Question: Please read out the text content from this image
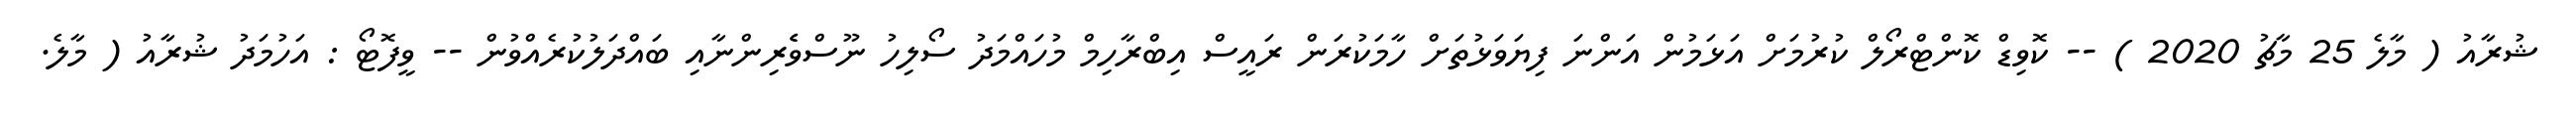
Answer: ޝުރާއު ( މާލެ 25 މާޗު 2020 ) -- ކޮވިޑް ކޮންޓްރޯލް ކުރުމަށް އަޅަމުން އަންނަ ފިޔަވަޅުތަށް ހާމަކުރަން ރައީސް އިބްރާހިމް މުހައްމަދު ސޯލިހު ނޫސްވެެރިންނާއި ބައްދަލުކުރެއްވުން -- ވީފޮޓޯ : އަހުމަދު ޝުރާއު ( މާލެ.